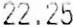
22.25